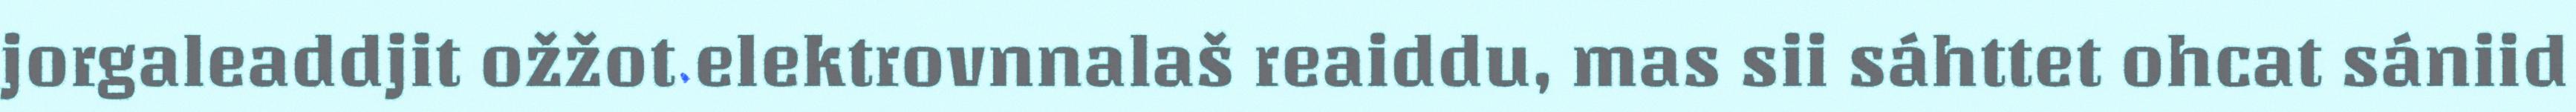
jorgaleaddjit ožžot elektrovnnalaš reaiddu, mas sii sáhttet ohcat sániid